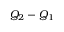
Q _ { 2 } - Q _ { 1 }